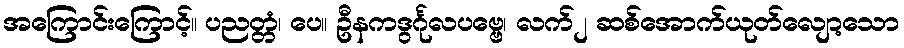
အကြောင်းကြောင့်။ ပညတ္တံ၊ ပေ။ ဦနကဒွင်္ဂုလပဗ္ဗေ၊ လက်၂ ဆစ်အောက်ယုတ်လျော့သော